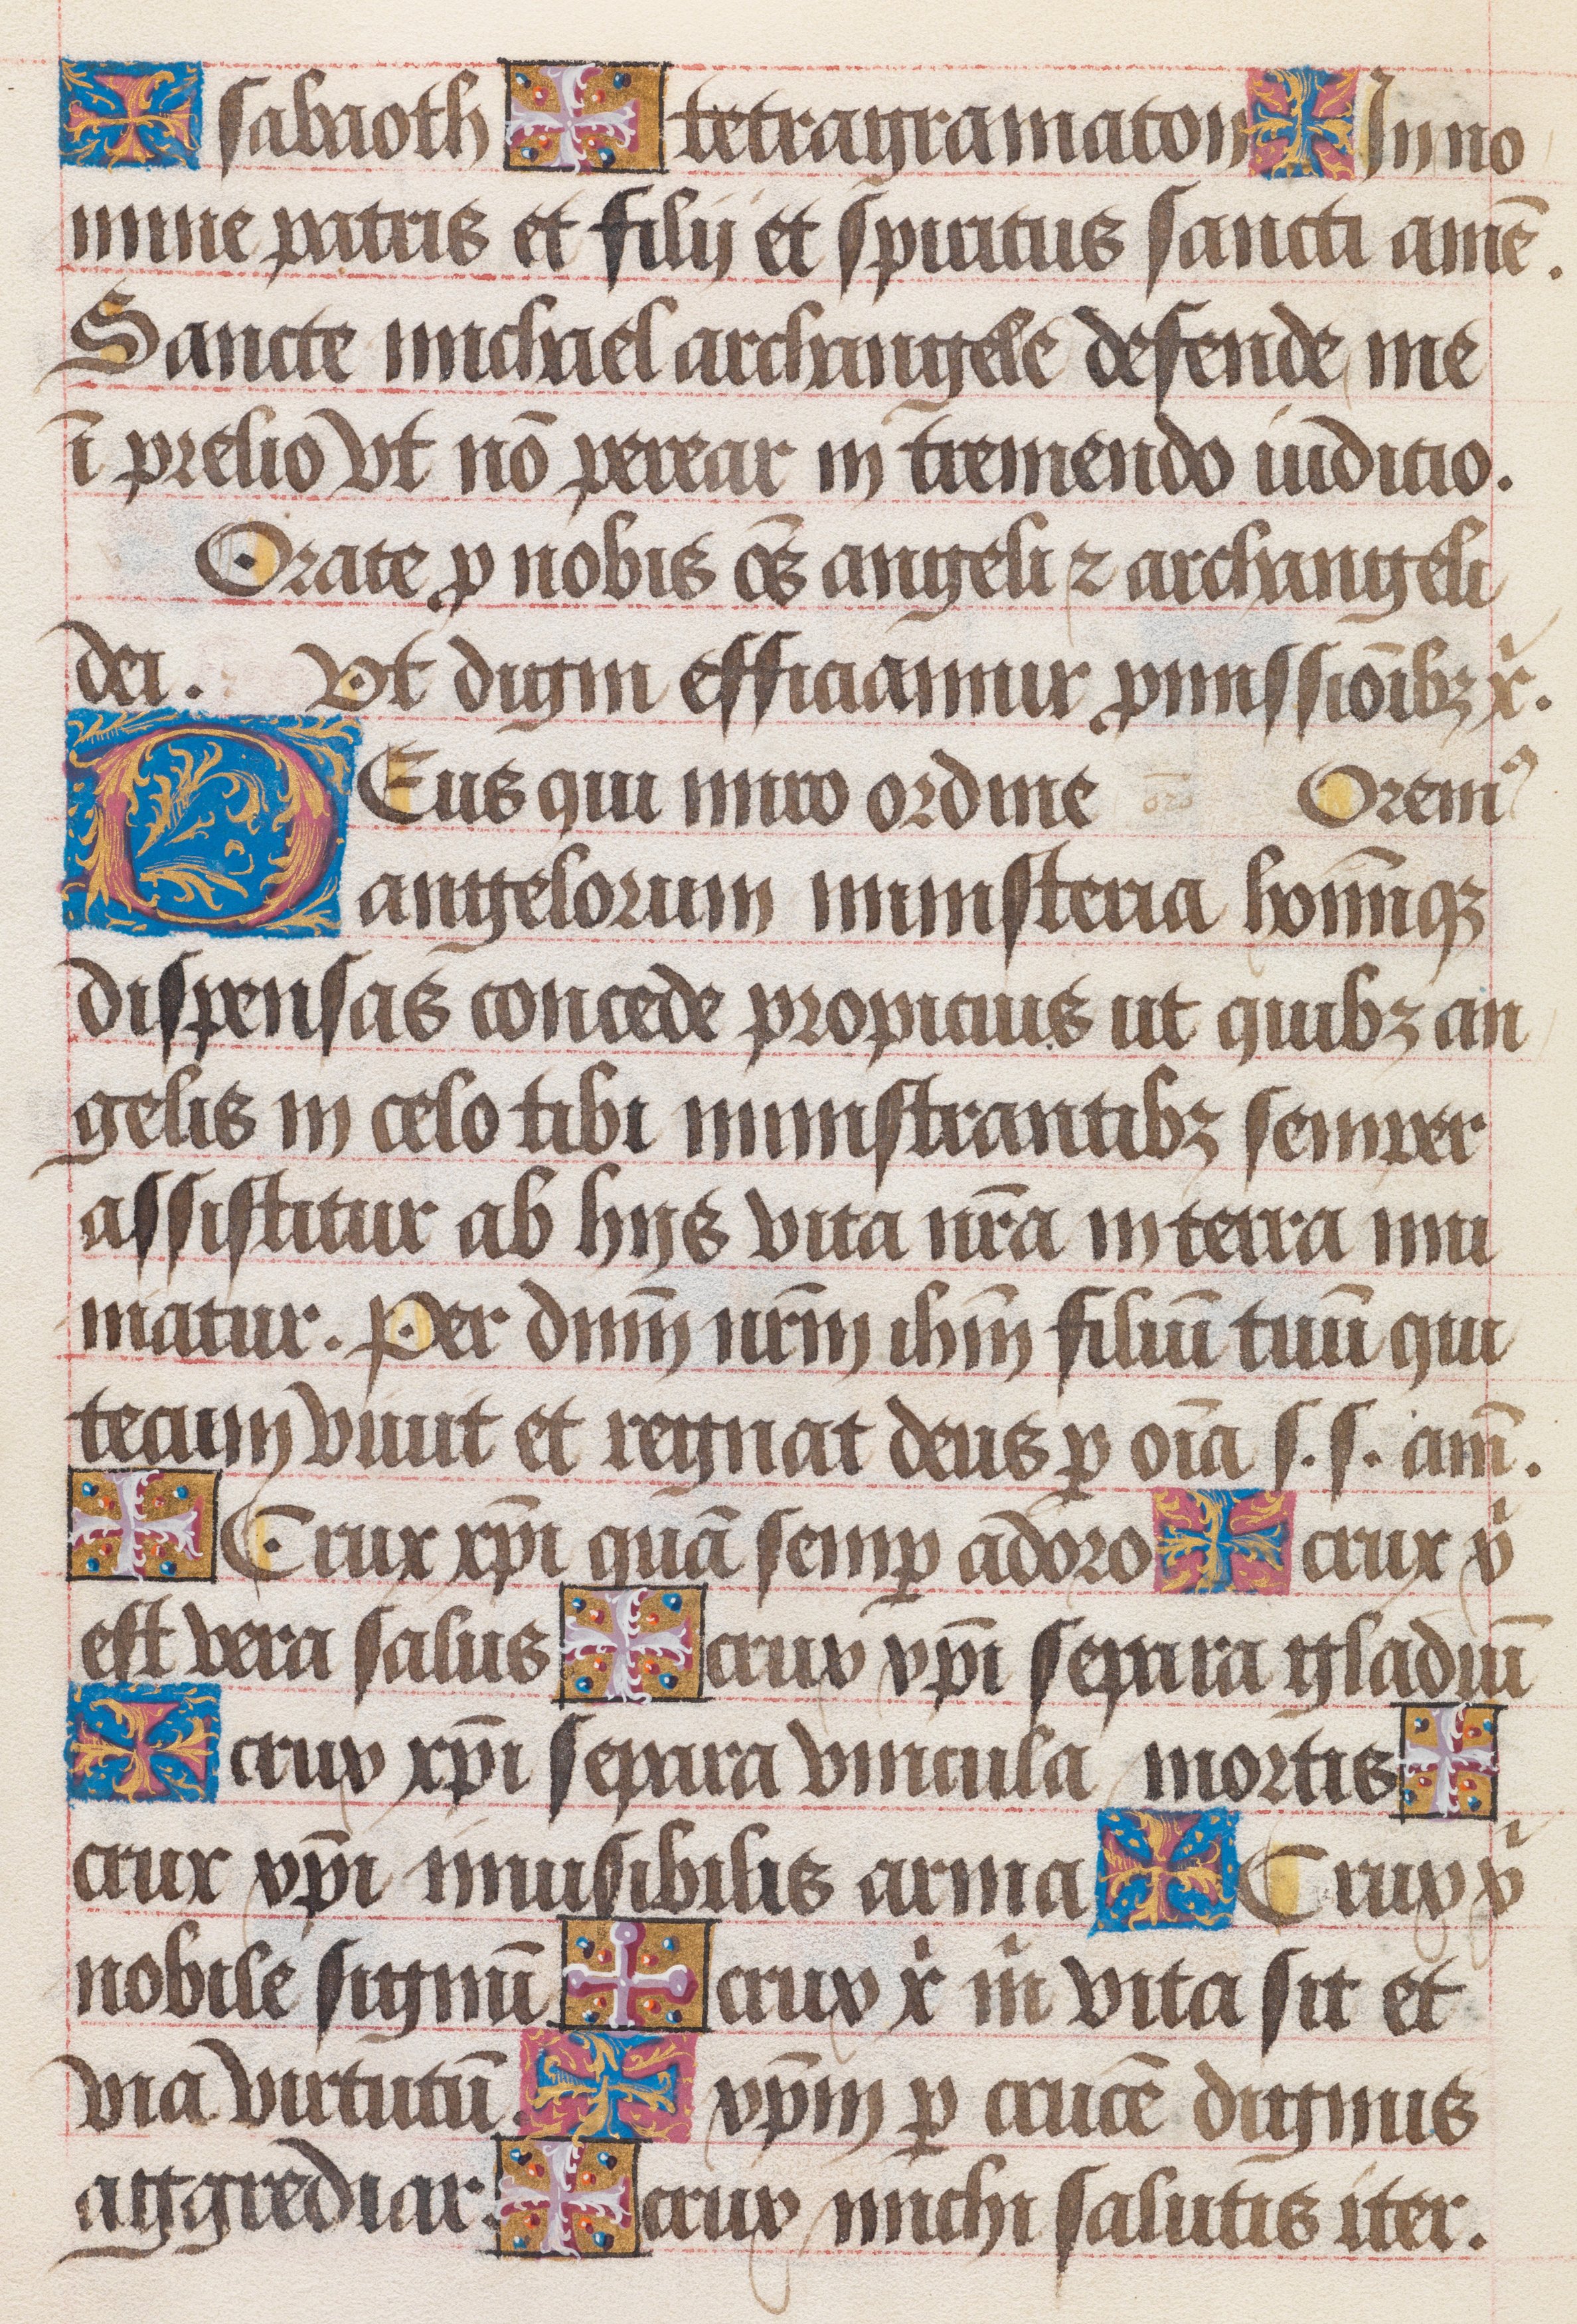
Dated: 1480–1490